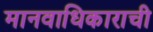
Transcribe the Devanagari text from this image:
मानवाधिकाराची